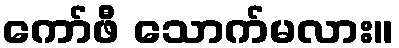
ကော်ဖီ သောက်မလား။